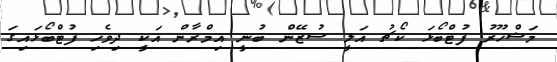
މަޝްހޫރު ފުޓްބޯޅަ ކޯޗު އަލީ ސުޒޭން ބުނީ އިމްރާން އަކީ ދިވެހި ފުޓްބޯޅައިގަ